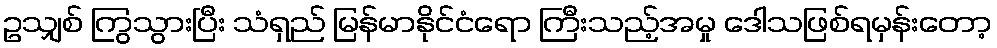
ဥသျှစ် ကြွသွားပြီး သံရှည် မြန်မာနိုင်ငံရော ကြီးသည့်အမှု ဒေါသဖြစ်ရမှန်းတော့